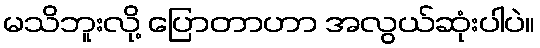
မသိဘူးလို့ ပြောတာဟာ အလွယ်ဆုံးပါပဲ။